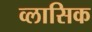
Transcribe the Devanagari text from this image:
व्लासिक